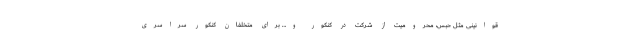
قوانینی مثل حبس، محرومیت از شرکت در کنکور و… برای متخلفان کنکور سراسری